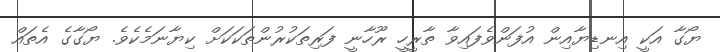
ޔޯގާ އަކީ އިނޑިޔާއިން އުފަންވެފައިވާ ތާރީހީ ރޫހާނީ ފަރިތަކުރުންތަކަކަށް ކިޔާނަމެކެވެ. ޔޯގާގެ އެތައް